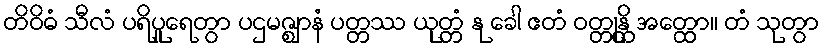
တိဝိဓံ သီလံ ပရိပူရေတွာ ပဌမဇ္ဈာနံ ပတ္တဿ ယုတ္တံ နု ခေါ ဧတံ ဝတ္တုန္တိ အတ္ထော။ တံ သုတွာ